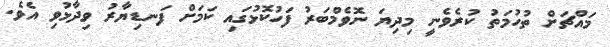
މައްޗަށް ތުހުމަތު ކުރެވެނީ މިދިޔަ ނޮވެމްބަރު ފަހުކޮޅުގައި ކަމަށް ފަނޑިޔާރު ވިދާޅުވި އެވެ.